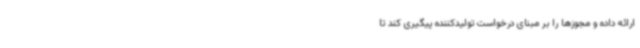
ارائه داده و مجوزها را بر مبنای درخواست تولیدکننده پیگیری کند تا